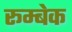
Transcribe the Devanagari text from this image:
रूम्बेक